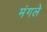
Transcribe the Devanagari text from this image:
मंगले